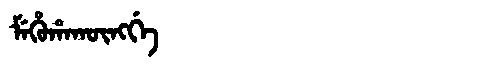
Manchu: ᠮᡝᡥᡠᡥᠠᡴᡡᠩᡤᡝ
Romanization: MEHUHAKŪNGGE